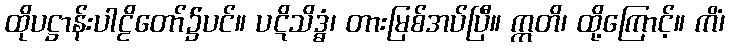
ထိုပဋ္ဌာန်းပါဠိတော်၌ပင်။ ပဋိသိဒ္ဓံ၊ တားမြစ်အပ်ပြီ။ ဣတိ၊ ထို့ကြောင့်။ ကိံ၊